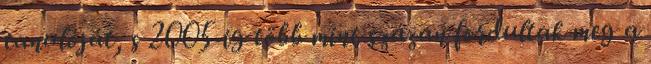
tanulóját, s 2005-ig több mint százan fordultak meg a